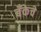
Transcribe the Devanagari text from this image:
बँकेचे